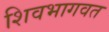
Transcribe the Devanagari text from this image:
शिवभागवत